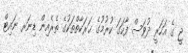
ޖީ ގެ އަހަރީ ދުވަސް ފާހަގަ ކުރުމުގެ ޙަރަކާތްތަކުގެ ތެރެއިން ޑިނަރ ނައިޓް